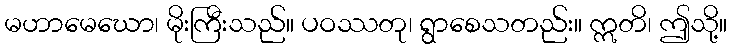
မဟာမေဃော၊ မိုးကြီးသည်။ ပဝဿတု၊ ရွာစေသတည်း။ ဣတိ၊ ဤသို့။